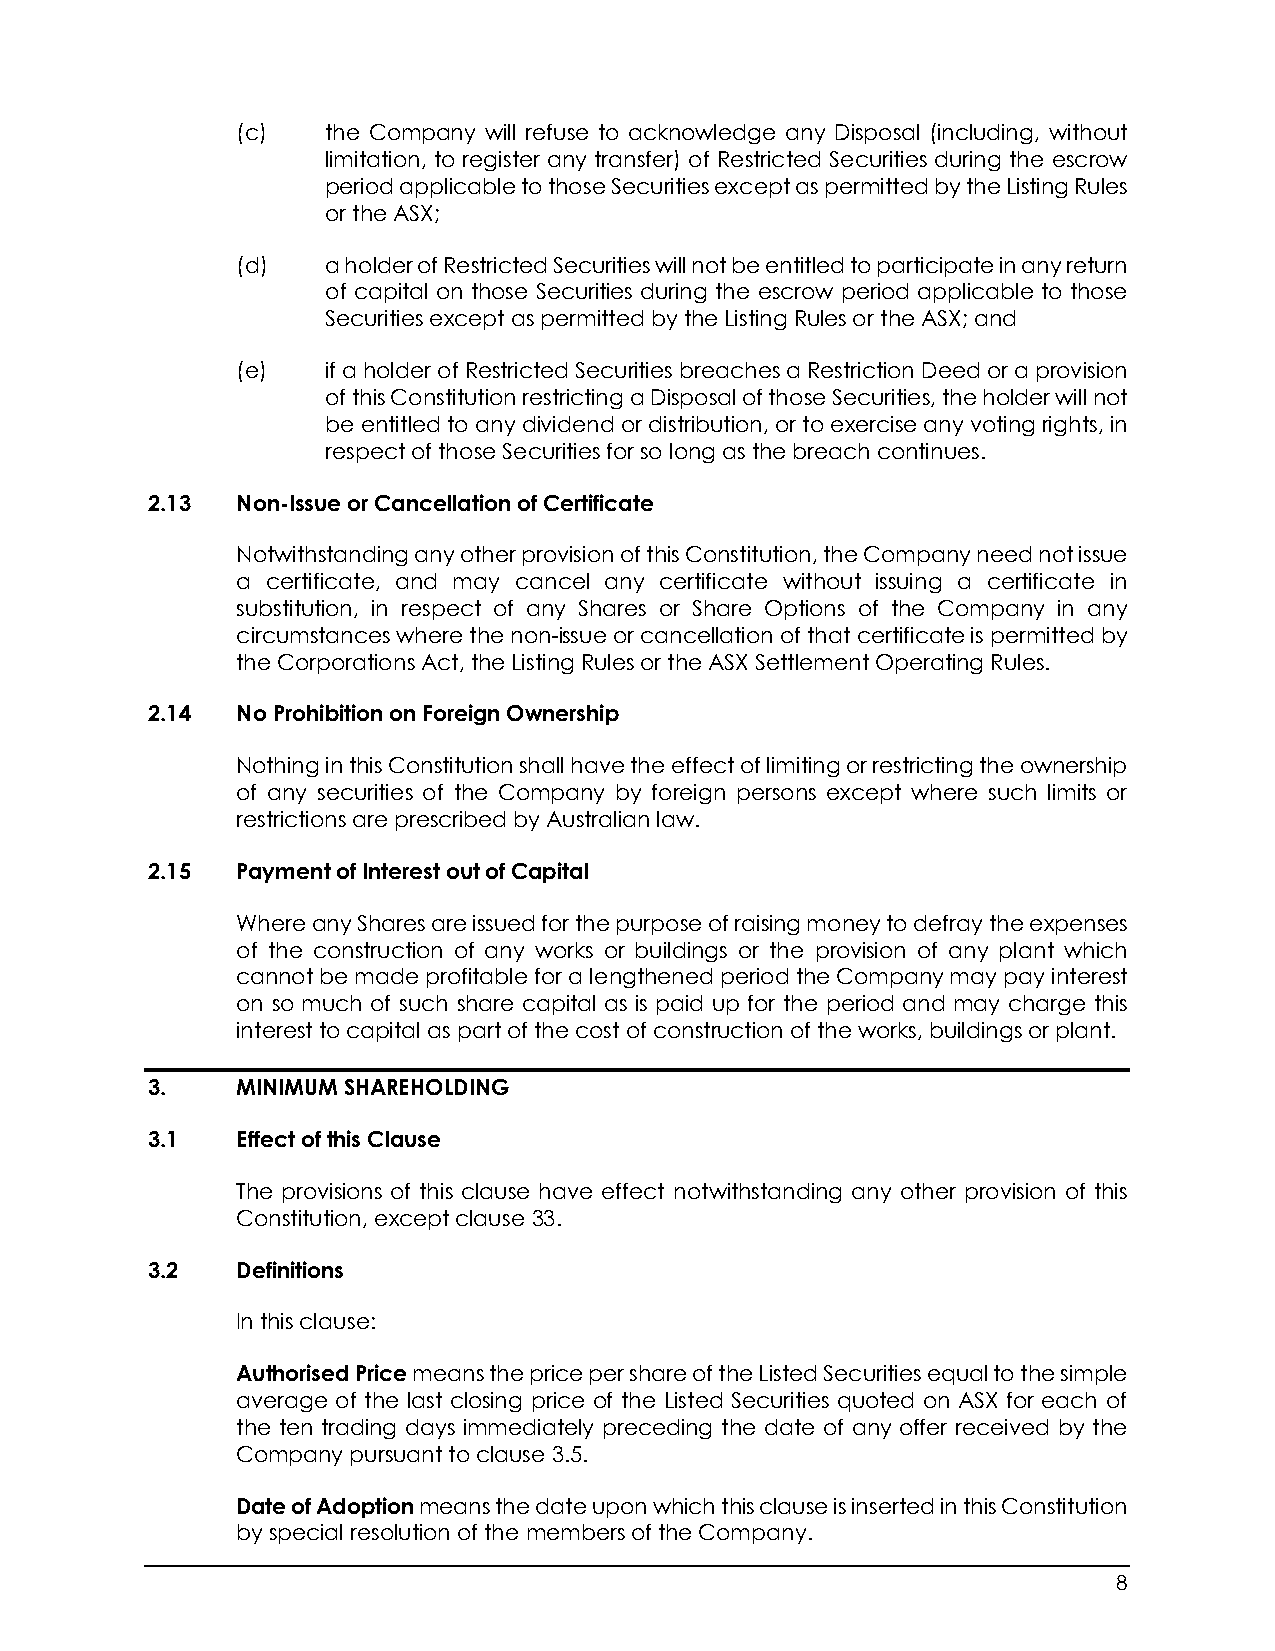
(c)   the Company will refuse to acknowledge any Disposal (including, without
 limitation, to register any transfer) of Restricted Securities during the escrow
 period applicable to those Securities except as permitted by the Listing Rules
 or the ASX;
 (d)   a holder of Restricted Securities will not be entitled to participate in any return
 of capital on those Securities during the escrow period applicable to those
 Securities except as permitted by the Listing Rules or the ASX; and
 (e)   if a holder of Restricted Securities breaches a Restriction Deed or a provision
 of this Constitution restricting a Disposal of those Securities, the holder will not
 be entitled to any dividend or distribution, or to exercise any voting rights, in
 respect of those Securities for so long as the breach continues.
 2.13  Non-Issue or Cancellation of Certificate
 Notwithstanding any other provision of this Constitution, the Company need not issue
 a certificate, and may cancel any certificate without issuing a certificate in
 substitution, in respect of any Shares or Share Options of the Company in any
 circumstances where the non-issue or cancellation of that certificate is permitted by
 the Corporations Act, the Listing Rules or the ASX Settlement Operating Rules.
 2.14  No Prohibition on Foreign Ownership
 Nothing in this Constitution shall have the effect of limiting or restricting the ownership
 of any securities of the Company by foreign persons except where such limits or
 restrictions are prescribed by Australian law.
 2.15  Payment of Interest out of Capital
 Where any Shares are issued for the purpose of raising money to defray the expenses
 of the construction of any works or buildings or the provision of any plant which
 cannot be made profitable for a lengthened period the Company may pay interest
 on so much of such share capital as is paid up for the period and may charge this
 interest to capital as part of the cost of construction of the works, buildings or plant.
 3.    MINIMUM SHAREHOLDING
 3.1   Effect of this Clause
 The provisions of this clause have effect notwithstanding any other provision of this
 Constitution, except clause 33.
 3.2   Definitions
 In this clause:
 Authorised Price means the price per share of the Listed Securities equal to the simple
 average of the last closing price of the Listed Securities quoted on ASX for each of
 the ten trading days immediately preceding the date of any offer received by the
 Company pursuant to clause 3.5.
 Date of Adoption means the date upon which this clause is inserted in this Constitution
 by special resolution of the members of the Company.
 8